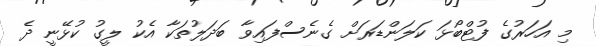
މި އަހަރުގެ ފުޓްބޯޅަ ކަލަންޑަރަށް ގެނެސްފައިވާ ބަދަލުތަކާ އެކު ލީގު ކުޅޭނީ ދެ